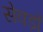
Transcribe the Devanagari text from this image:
सेवड़ों